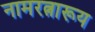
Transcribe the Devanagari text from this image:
नामरत्नारूय